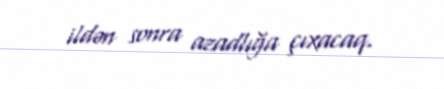
ildən sonra azadlığa çıxacaq.